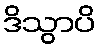
ဒိသွာပိ